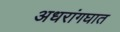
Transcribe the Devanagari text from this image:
अधरांगघात